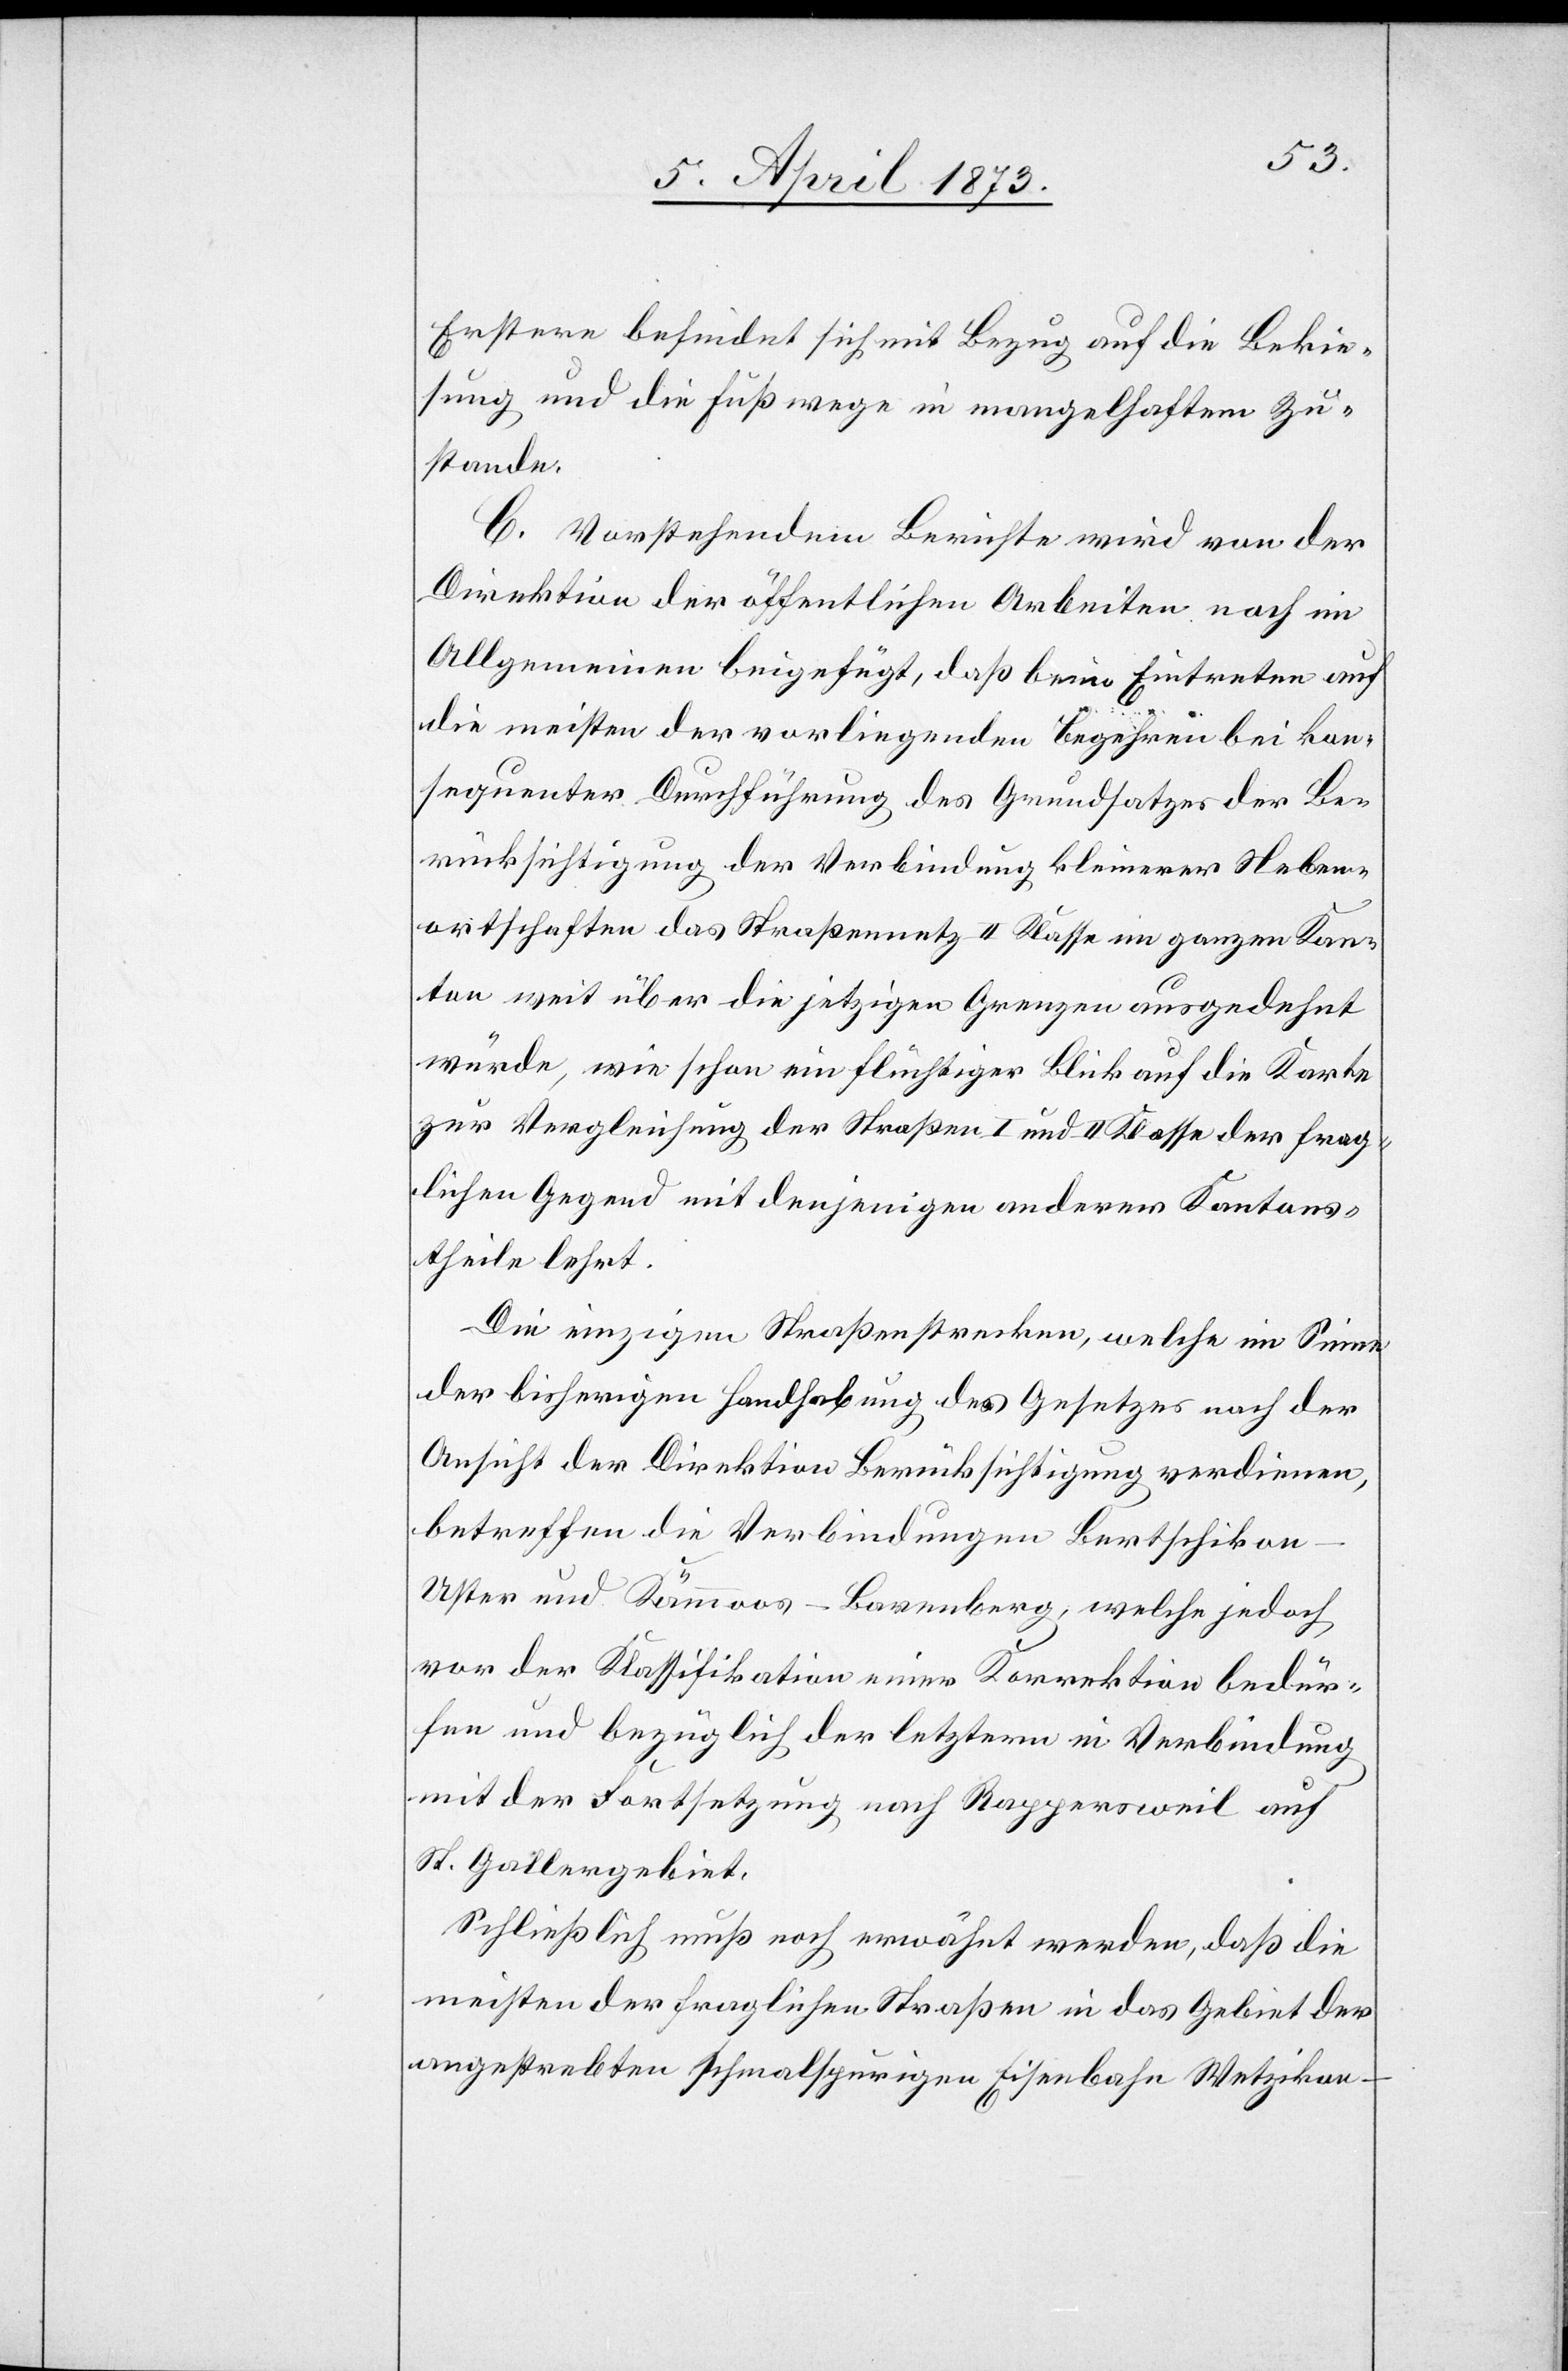
Erstere befindet sich mit Bezug auf die Bekie¬
sung und die Fußwege in mangelhaftem Zu¬
stande.
C. Vorstehendem Berichte wird von der
Direktion der öffentlichen Arbeiten noch im
Allgemeinen beigefügt, daß beim Eintreten auf
die meisten der vorliegenden Begehren bei kon¬
sequenter Durchführung des Grundsatzes der Be¬
rücksichtigung der Verbindung kleiner Neben¬
ortschaften das Straßennetz II Klasse im ganzen Kan¬
ton weit über die jetzigen Grenzen ausgedehnt
würde, wie schon ein flüchtiger Blick auf die Karte
zur Vergleichung der Straßen I und II Klasse der frag¬
lichen Gegend mit denjenigen anderer Kantons¬
theile lehrt.
Die einzigen Straßenstrecken, welche im Sinne
der bisherigen Handhabung des Gesetzes nach der
Ansicht der Direktion Berücksichtigung verdienen,
betreffen die Verbindungen Bertschiko¬
n–Uster und Kämmoos–Barenberg, welche jedoch
vor der Klassifikation einer Korrektion bedür¬
fen und bezüglich der letztern in Verbindung
mit der Fortsetzung nach Rappersweil auf
St. Gallergebiet.
Schließlich muß noch erwähnt werden, daß die
meisten der fraglichen Straßen in das Gebiet der
angestrebten schmalspurigen Eisenbahn Wetzikon–